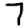
Digit: 7